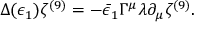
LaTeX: \Delta ( \epsilon _ { 1 } ) \zeta ^ { ( 9 ) } = - \bar { \epsilon } _ { 1 } \Gamma ^ { \mu } \lambda \partial _ { \mu } \zeta ^ { ( 9 ) } .